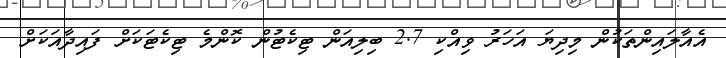
އެއާލައިންތަކުން މިދިޔަ އަހަރު ވިއްކި 2.7 ބިލިއަން ޓިކެޓުން ކޮންމެ ޓިކެޓަކަށް ފައިދާއަކަށް